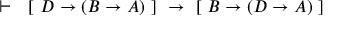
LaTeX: \vdash \ \ \left[ \ D \rightarrow \left( B \rightarrow A \right) \ \right] \ \rightarrow \ \left[ \ B \rightarrow \left( D \rightarrow A \right) \ \right]